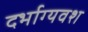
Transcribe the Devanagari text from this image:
दर्भाग्यवश